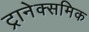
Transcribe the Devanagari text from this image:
ट्रानेक्समिक